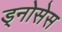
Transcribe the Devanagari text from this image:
ड्नोसेस